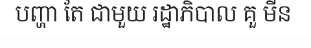
បញ្ហា តែ ជាមួយ រដ្ឋាភិបាល គួ មីន